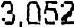
3,052